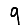
Digit: 9